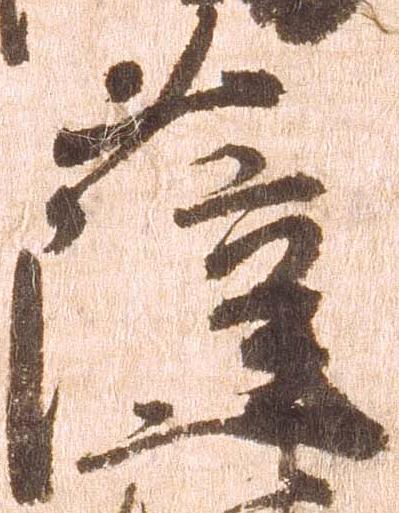
薩